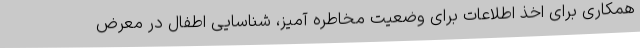
همکاری برای اخذ اطلاعات برای وضعیت مخاطره آمیز، شناسایی اطفال در معرض